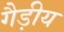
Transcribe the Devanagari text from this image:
गैड़ीय